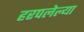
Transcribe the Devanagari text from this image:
हरपलेल्या